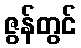
ဇွန်တွင်